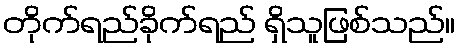
တိုက်ရည်ခိုက်ရည် ရှိသူဖြစ်သည်။